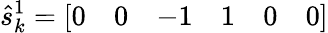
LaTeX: \hat{s}_{k}^{1}=\left[\begin{array}{llllll}{0}&{0}&{-1}&{1}&{0}&{0}\end{array}\right]